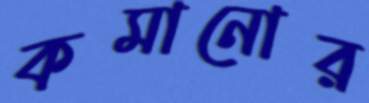
কমানোর